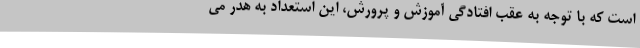
است که با توجه به عقب افتادگی آموزش و پرورش، این استعداد به هدر می